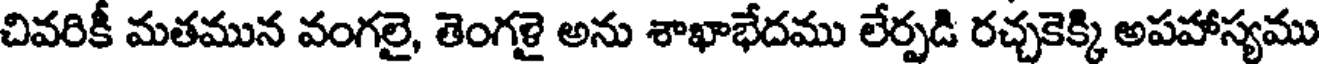
చివరికీ మతమున వంగలై, తెంగళై అను శాఖాభేదము లేర్పడి రచ్చకెక్కి అపహాస్యము